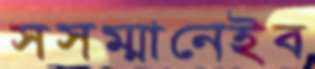
সসম্মানেইব